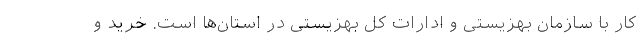
کار با سازمان بهزیستی و ادارات کل بهزیستی در استان‌ها است. خرید و